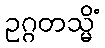
ဥဂ္ဂတသ္မိံ